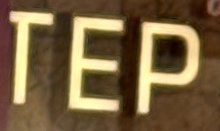
TEP